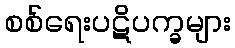
စစ်ရေးပဋိပက္ခများ